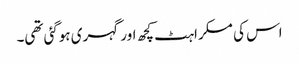
اس کی مسکراہٹ کچھ اور گہری ہوگئی تھی۔